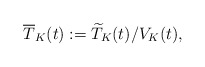
\begin{align*}\overline{T}_K(t):=\widetilde T_K(t)/V_K(t),\end{align*}